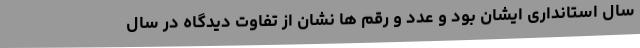
سال استانداری ایشان بود و عدد و رقم ها نشان از تفاوت دیدگاه در سال